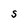
Character: S